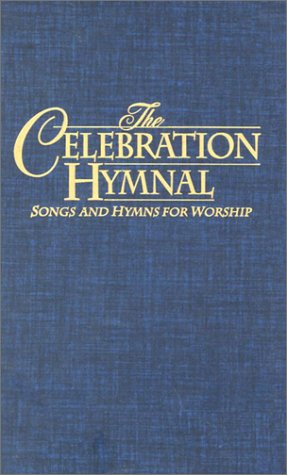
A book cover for Celebration Hymnal; Christian Books & Bibles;